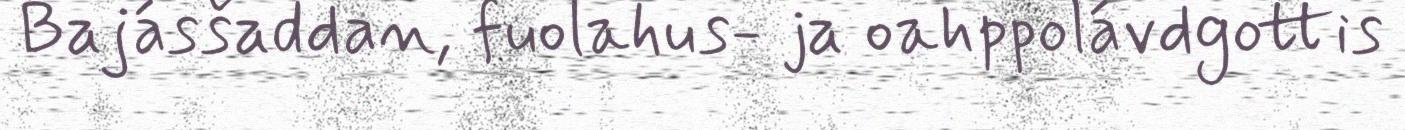
Bajásšaddan, fuolahus- ja oahppolávdgottis